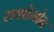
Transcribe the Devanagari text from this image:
राशोमोन